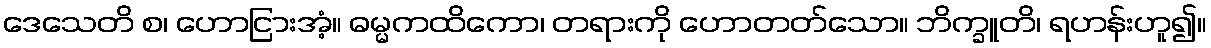
ဒေသေတိ စ၊ ဟောငြားအံ့။ ဓမ္မကထိကော၊ တရားကို ဟောတတ်သော။ ဘိက္ခူတိ၊ ရဟန်းဟူ၍။